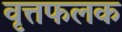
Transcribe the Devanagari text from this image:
वृत्तफलक